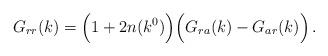
LaTeX: \begin{align*} G_{rr}(k)=\Bigl( 1+2n(k^0) \Bigr)\Bigl( G_{ra}(k)-G_{ar}(k) \Bigr)\, .\end{align*}